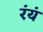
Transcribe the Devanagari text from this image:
रंयं